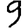
Digit: 9